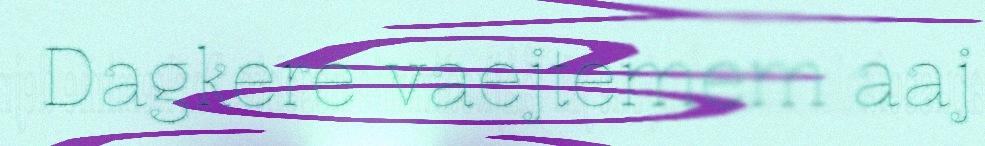
Dagkere vaejtemem aaj